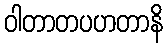
ဝါတာတပဟတာနိ